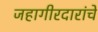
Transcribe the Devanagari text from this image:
जहागीरदारांचे